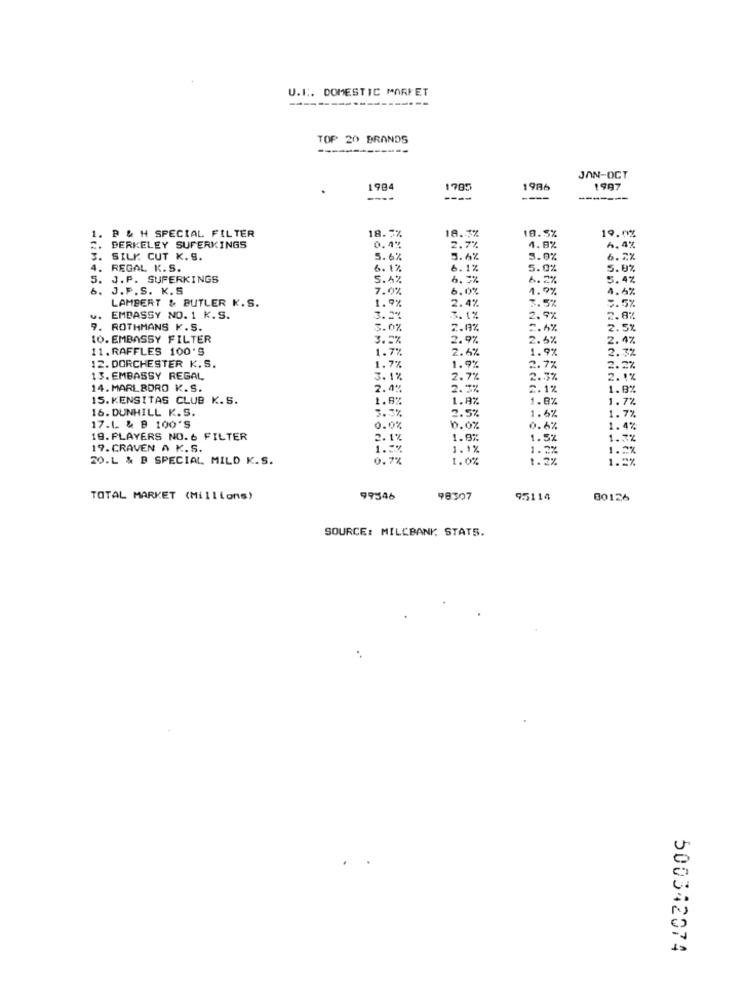
U.E. DOMESTIC MARKET
TOP 20 BRANDS
JAN-OCT
1984
1785
1986
1997
----
----
1. P & H SPECIAL FILTER
18.7%
18.3%
18.5%
19.0%
. BERKELEY SUPERKINGS
0.4%
2.7%
4.8%
6. 4%
3. SILK CUT K. S.
5.6%
5.6%
3.0%
6.2%
4.
REGAL K.S.
6.1%
6. 1%
5.0%
5.9%
5. J.P. SUFERKINGS
5.4%
6.2%
6.2%
5.4%
. J.P.S. K.S
7.0%
6.0%
1.7%
4.6%
LAMBERT & BUTLER K.S.
1.9%
2.4%
3.5%
5.5%
w.
EMBASSY NO. 1 K.S.
3.27
3. 1%
2.9%
2.8%
9. ROTHMANS K.S.
5.0%
2.9%
2.4%
2.5%
10. EMBASSY FILTER
3.5%
2.9%
2.5%
2.4%
11. RAFFLES 100'S
1.7%
2.6%
1.9%
12. DORCHESTER K.S.
1.9%
2.3%
1.7%
2.7%
2. 27
13. EMBASSY REGAL
3.1%
2.7%
2.3%
2.1%
14. MARLBORO K.S.
2.4%
2. 5%
2.1%
1.8%
15. KENSITAS CLUB K.S.
1.8%
1.9%
1.0%
1.7%
16. DUNHILL K.S.
3.3%
2.5%
1.6%
1.7%
17.1. & B 100'S
0.0%
6.0%
0.6%
1.4%
19. PLAYERS NO. 6 FILTER
2.1%
1.9%
1.5%
1.3%
19. CRAVEN A K.S.
1.5%
1.1%
1.2%
1.27
20.L & B SPECIAL, MILD K.S.
0.7%
1.0%
1.27
1.2%
TOTAL MARKET (Millions)
99546
98307
95114
00126
SOURCE: MILCBANK STATS.
500342074